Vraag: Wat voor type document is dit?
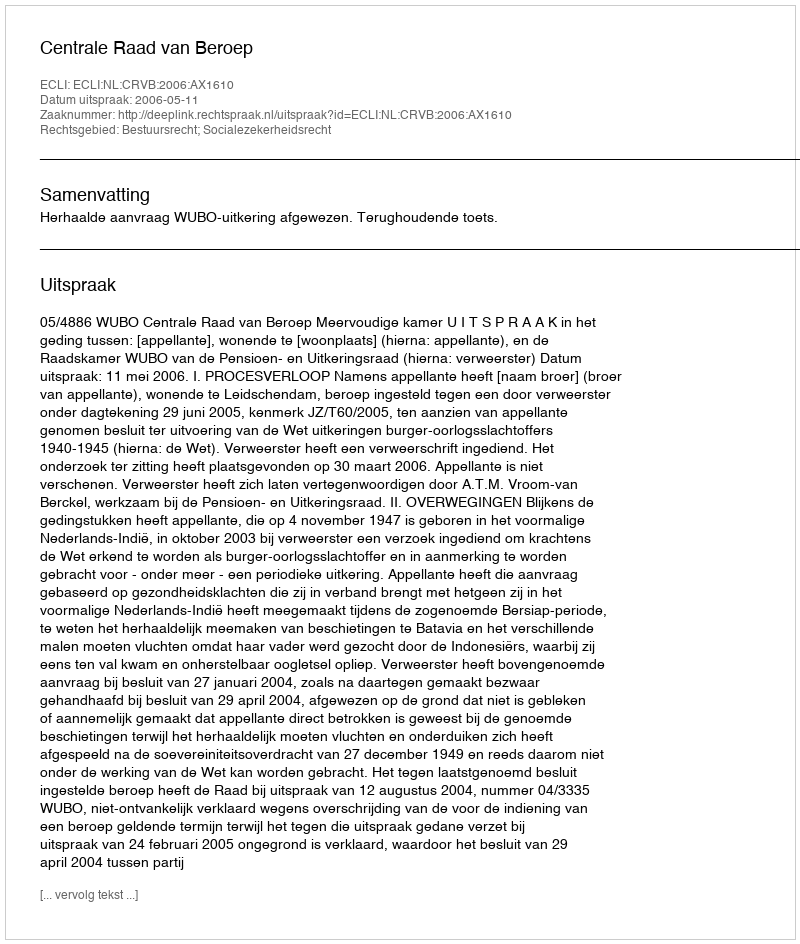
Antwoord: Uitspraak